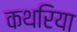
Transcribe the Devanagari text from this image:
कथरिया